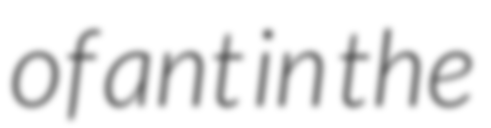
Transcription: of ant in the